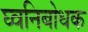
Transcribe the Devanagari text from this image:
घ्वनिबोधक